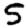
Digit: 5